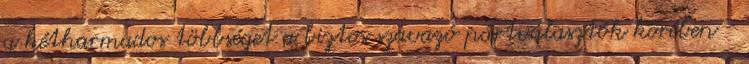
a kétharmados többséget a biztos szavazó pártválasztók körében -